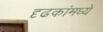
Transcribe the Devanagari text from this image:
दृढकांमध्ये